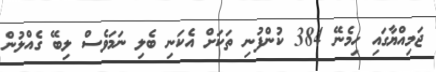
ޖަމިއްޔާގައި ހިމެނޭ 384 ކުންފުނި ތަކަށް އެކަނި ބެލި ނަމަވެސް ލިބޭ ގެއްލުން